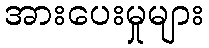
အားပေးမှုများ